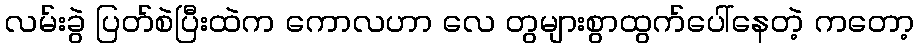
လမ်းခွဲ ပြတ်စဲပြီးထဲက ကောလဟာ လေ တွများစွာထွက်ပေါ်နေတဲ့ ကတော့